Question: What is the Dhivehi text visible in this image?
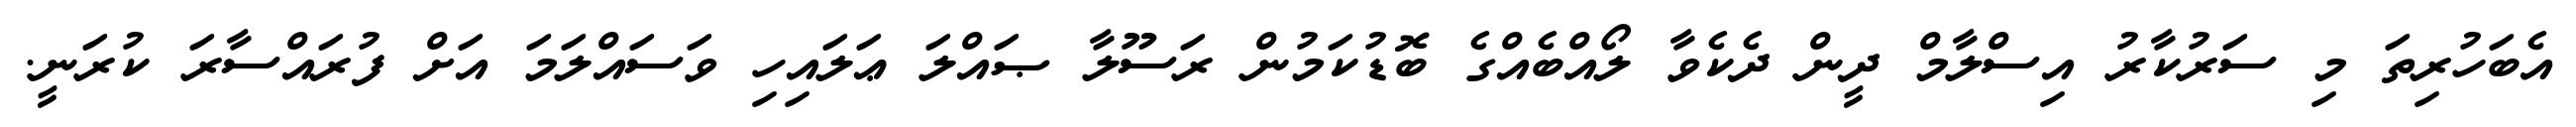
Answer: އެބަހުރިތަ މި ސަރުކާރު އިސްލާމް ދީން ދެކެވާ ލޯއްބެއްގެ ބޮޑުކަމުން ރަސޫލާ ޞައްލަ ޢަލައިހި ވަސައްލަމަ އަށް ފުރައްސާރަ ކުރަނީ.